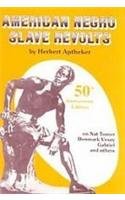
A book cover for American Negro Slave Revolts; Herbert Aptheker; History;